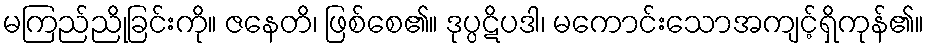
မကြည်ညိုခြင်းကို။ ဇနေတိ၊ ဖြစ်စေ၏။ ဒုပ္ပဋိပဒါ၊ မကောင်းသောအကျင့်ရှိကုန်၏။